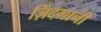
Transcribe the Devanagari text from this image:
ज़िंदगानी